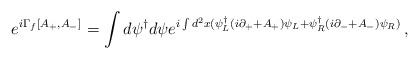
\begin{align*}e^{i\Gamma_{f}[A_{+},A_{-}]}=\int d\psi^{\dagger}d\psi e^{i\int d^{2}x (\psi^{\dagger}_{L}(i\partial_{+}+A_{+})\psi_{L}+\psi^{\dagger}_{R}(i\partial_{-}+A_{-})\psi_{R})}\,,\end{align*}